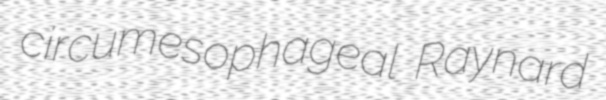
circumesophageal Raynard